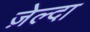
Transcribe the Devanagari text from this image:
ज़ेल्दा